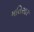
મતિસાર